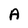
Character: A